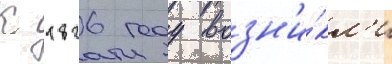
К 1826 году возн'и́кл'и